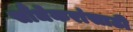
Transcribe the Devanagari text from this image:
सौंधेकरांसाठी